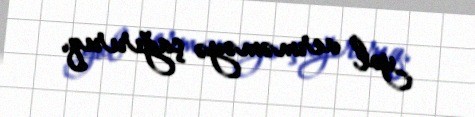
yol verməməyə çağırırıq.